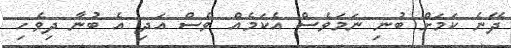
ދޭނެ ކަމަށް ބުނި ނަމަވެސް އެކަމެއް ވެސް އަދި އެ ބުނާ ދިވެހި